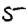
Digit: 5